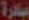
مبادرة